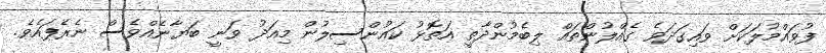
ފުވައްމުލަކަށް ވައިގަދަވެ ގެއްލުންތައް ލިބެމުންދާތީ އަތޮޅު ކައުންސިލުން މިއަދު ވަނީ ބަޔާނެއްވެސް ނެރެފައެވެ.